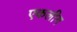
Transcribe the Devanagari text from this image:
एकलीग